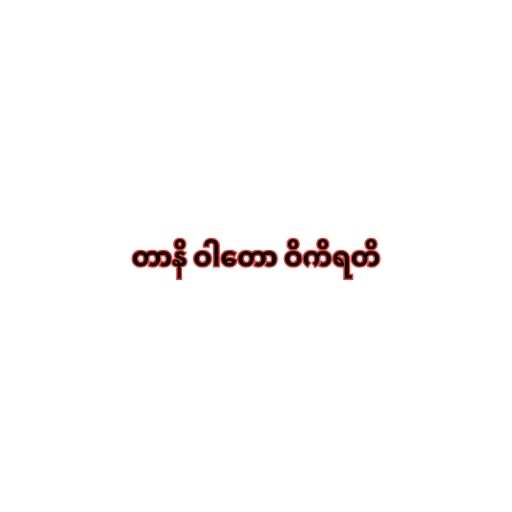
တာနိ ဝါတော ဝိကိရတိ